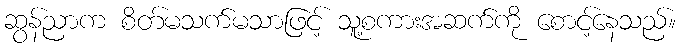
ဆွန်ညာက စိတ်မသက်မသာဖြင့် သူ့စကားအဆက်ကို စောင့်နေသည်။